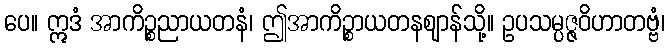
ပေ။ ဣဒံ အာကိဉ္စညာယတနံ၊ ဤအာကိဉ္စာယတနဈာန်သို့။ ဥပသမ္ပဇ္ဇဝိဟာတဗ္ဗံ၊